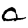
Digit: 0